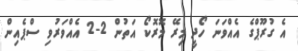
އެ ގުރޫޕްގެ އެއްވަނަ ހޯދީ މިރޭ މޮރޮކޯ އަތުން 2-2 އެއްވަރުވި ސްޕެއިން